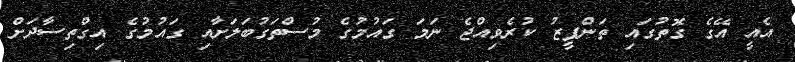
އެއީ އޭގެ ގޮތުގައި ތަންފީޒު ކުރެވިއްޖެ ނަމަ ގައުމުގެ މުސްތަގުބަލަށާއި ގައުމުގެ އިގްތިސާދަށް